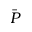
\bar { P }